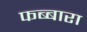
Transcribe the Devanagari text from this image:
फब्बारा